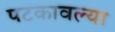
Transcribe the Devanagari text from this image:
पटकावल्या